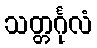
သတ္တင်္ဂုလံ